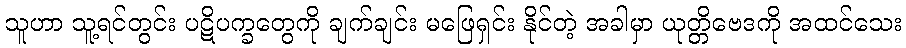
သူဟာ သူ့ရင်တွင်း ပဋိပက္ခတွေကို ချက်ချင်း မဖြေရှင်း နိုင်တဲ့ အခါမှာ ယုတ္တိဗေဒကို အထင်သေး